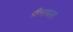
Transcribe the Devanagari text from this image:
श्रीनाथला